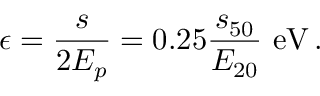
\epsilon = \frac { s } { 2 E _ { p } } = 0 . 2 5 \frac { s _ { 5 0 } } { E _ { 2 0 } } ~ \mathrm { e V } \, .